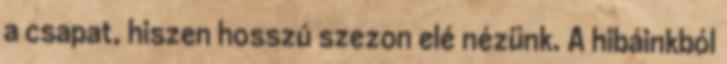
a csapat, hiszen hosszú szezon elé nézünk. A hibáinkból